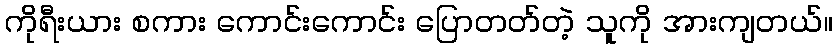
ကိုရီးယား စကား ကောင်းကောင်း ပြောတတ်တဲ့ သူကို အားကျတယ်။